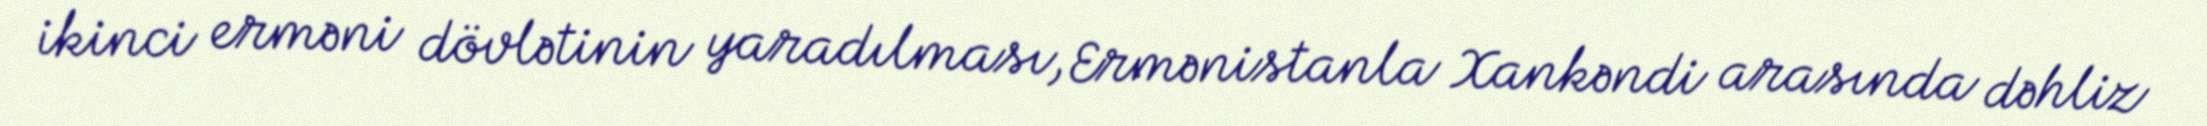
ikinci erməni dövlətinin yaradılması, Ermənistanla Xankəndi arasında dəhliz